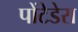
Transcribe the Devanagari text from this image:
पोंटेडेरा